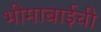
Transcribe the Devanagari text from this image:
भीमाबाईची